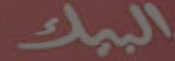
الببك